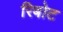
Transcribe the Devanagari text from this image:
रिबोट